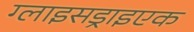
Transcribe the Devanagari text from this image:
ग्लाइसड्राइएक